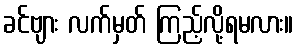
ခင်ဗျား လက်မှတ် ကြည့်လို့ရမလား။